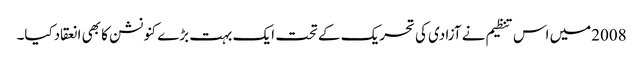
2008میں اس تنظیم نے آزادی کی تحریک کے تحت ایک بہت بڑے کنونشن کا بھی انعقادکیا۔